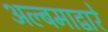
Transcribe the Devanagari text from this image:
अल्बमाद्वारे